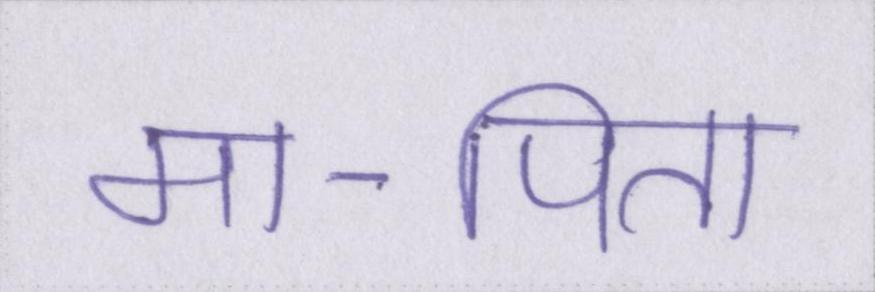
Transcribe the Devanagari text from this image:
मा-पिता